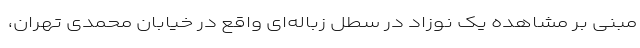
مبنی بر مشاهده یک نوزاد در سطل زباله‌ای واقع در خیابان محمدی تهران،